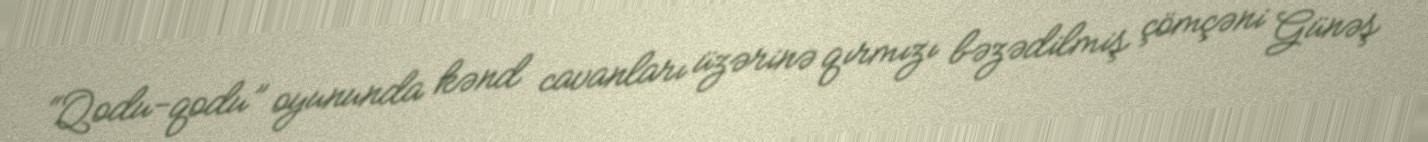
“Qodu-qodu” oyununda kənd cavanları üzərinə qırmızı bəzədilmiş çömçəni Günəş